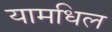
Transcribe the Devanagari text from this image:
यामधिल